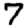
Digit: 7